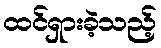
ထင်ရှားခဲ့သည့်